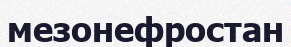
мезонефростан